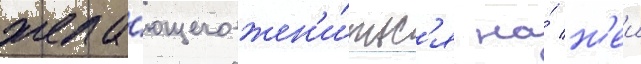
жела́ющего жен'и́тьс'я на́ н'еи